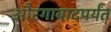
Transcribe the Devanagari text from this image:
औरंगाबादपर्यंत